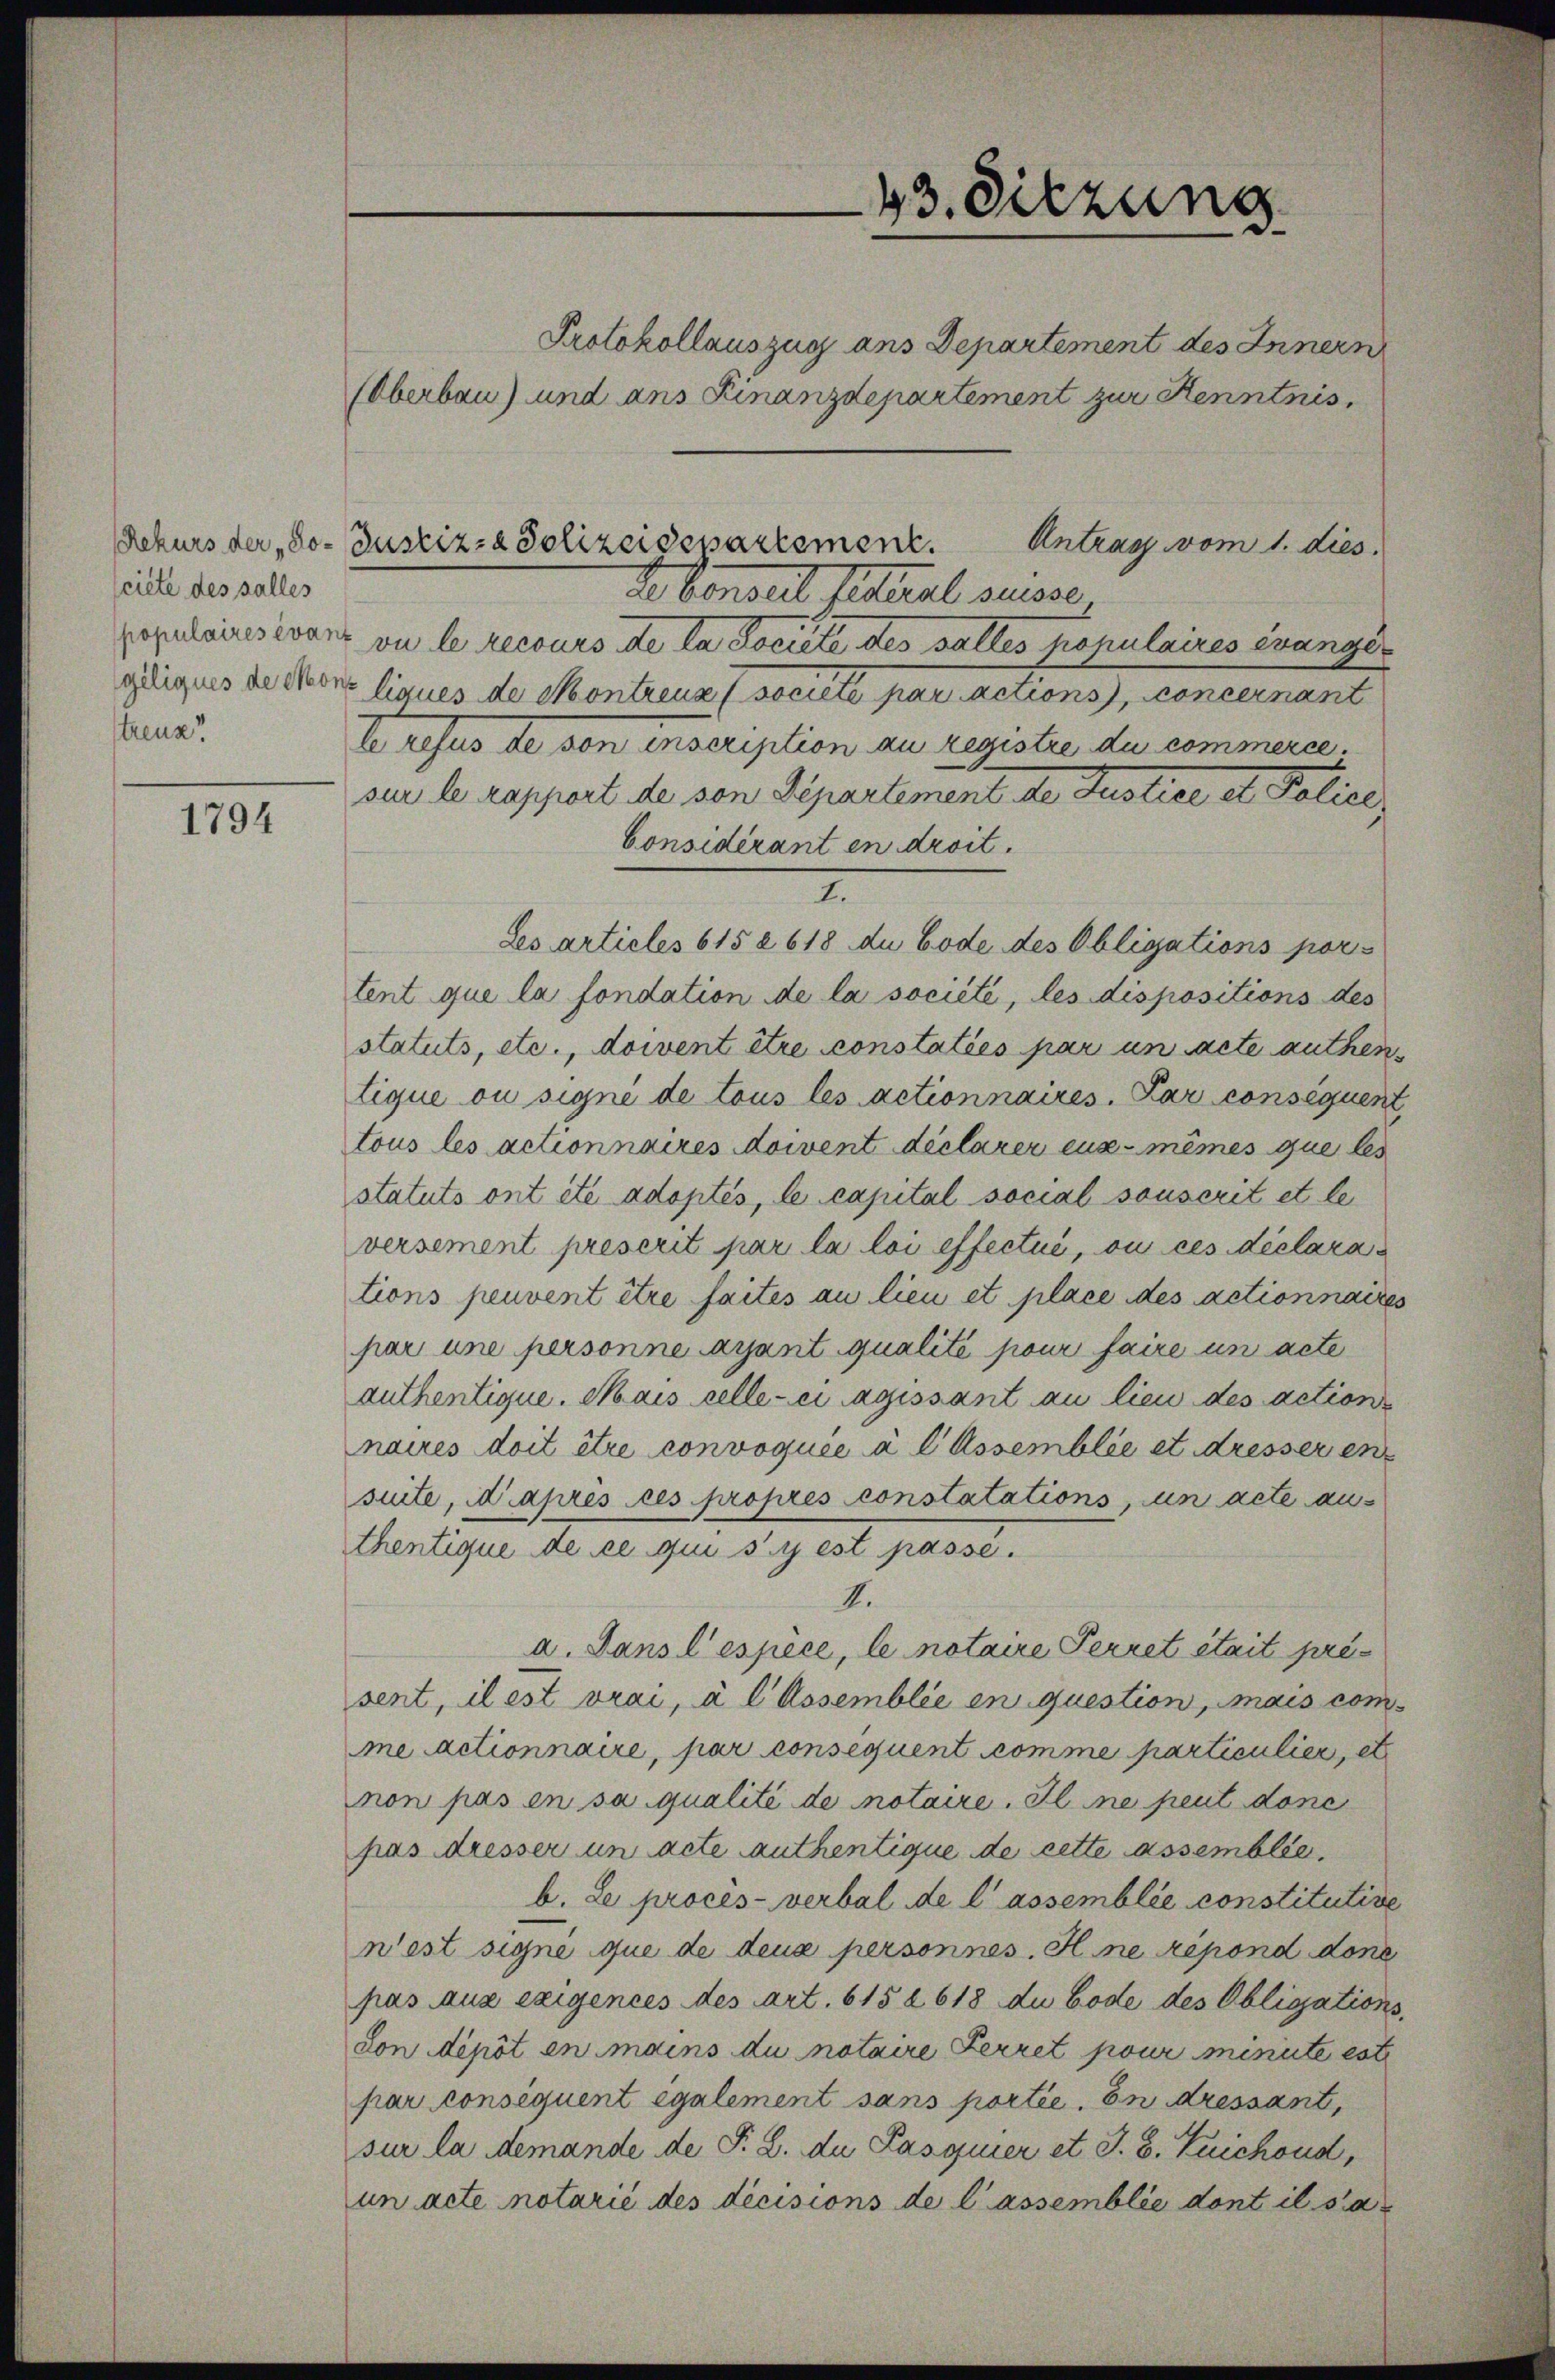
sciete des salles
populaires evant
streuz.

1794

de konseil sitteral ausse
on le recours de la Societe des salles populaires evangegeeignes de con liques de Montreuz (societe par actions, concernant
te refus de von inscription au registre du commerce.
ser le rapport de son Departement der Justice et Police
Considérant en droit.
2.
Les articles 615 à 618 du Code des Obligations por-
tent que la fondation de la société, les dispositions des
statuts, etc., doivent être constaties par un acte authen.
tique ou signe de tous les actionnaires. Par consequent
tous les actionnaires doivent déclarer eux-mêmes que des
statuts ont été adoptés, le capital social sonscrit et le
versement preserit par la loi effectué, ou ces déclarations peuvent être faites au lieu et place des actionnaire
par une personne ayant qualité pour faire un acte
authentique. Mais celle-ci agissant au lieu des action
naires doit être convoquée à l Assemblée et dresser en
suite, après les propres constatations, un acte aus
thentique de ce qui s’y est passe.
4.
a. Dans l’espèce, le notaire Perret était pre
sent, il est vrai, à l Assemblée en question, mais comme actionnaire, par consequent comme particulier, es
non pas en sa qualité de notaire. Il ne peut donc
pas dresser un acte authentique de cette assemblée
b. Le procès-verbal de lassemblée constitutise
wiest signe que de deux personnes. Il ne répond done
pas aus exigences des Art. 615 § 618 du Code des Obligation
don dépôt en mains du notaire Ferret pour minirte est
par consequent également sans portie. In dressant,
sur la demande de P. B. du Pasquier et J. B. Luichoud,
un acte notarié des decisions de lassemblée dont il sa

Protokollauszug ans Departement des Innern
(Oberbau) und ans Finanzdepartement zur Kenntnis,

Rekurs der „So- Justiz- & Polizeidepartement. Antrag vom 1. dies

43. Sitzung